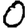
Digit: 0